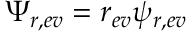
\Psi _ { r , e v } = r _ { e v } \psi _ { r , e v }